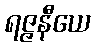
ရဇ္ဇနီယေ